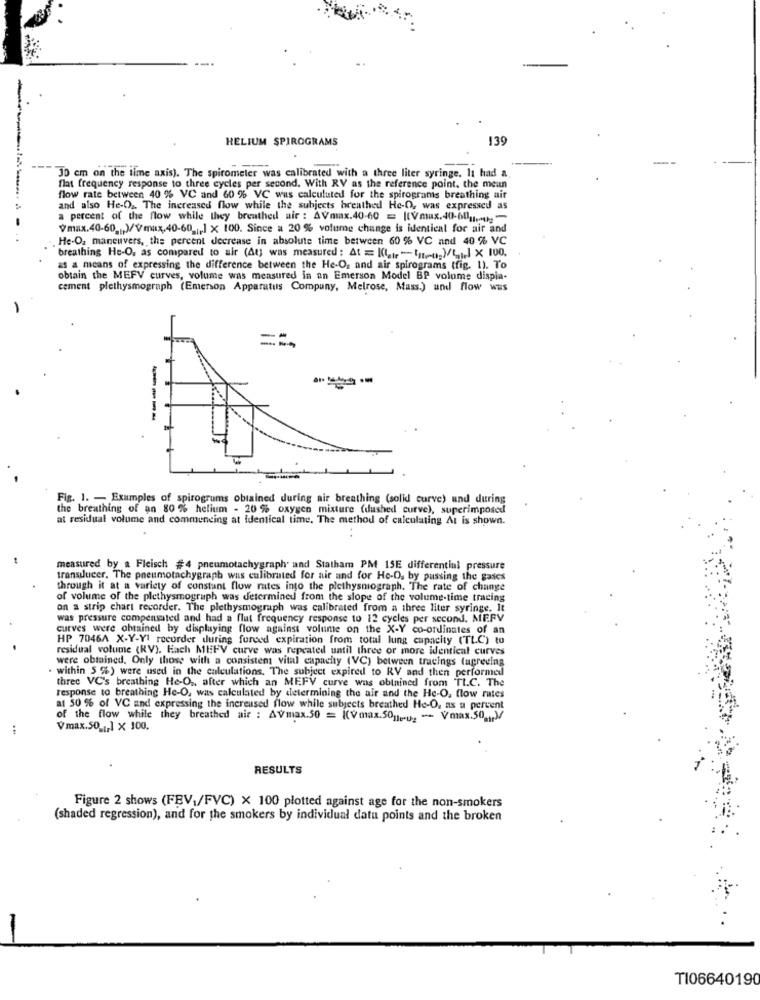
HELIUM SPIROGRAMS
139
30 cm on the time axis). The spirometer was calibrated with a three liter syringe. It had a
flat frequency response to three cycles per second. With RV as the reference point, the meun
flow rate between 40 % VC and 60 % VC was calculated for the spirogranis breathing ait
and also He-Os. The increased flow while the subjects breathed He-O, was expressed as
a percent of the flow while they breathed air : AVmax.40-60 = ((Vmax.40-60 ;
Vmax.40-60_ )/Vmax.40-60 ] x 100. Since a 20 % volume change is identical for air and
. He-O, maneuvers, the percent decrease in absolute time between 60 % VC and 40 % VC
breathing He-O, as compared to air (At) was measured: At = K(, -- og)/4 x 100.
as a means of expressing the difference between the He-O, and air spirograms tfig. 1). To
obtain the MEFV curves, volume was measured in an Emerson Model BP volume displa-
cement plethysmograph (Emerson Apparatus Compuny, Melrose, Mass.) and flow wus
--
-----
Fig. 1. - Examples of spirogrums obtained during air breathing (solid curve) und during
the breathing of an 80 % helium - 20 % oxygen mixture (dushed curve), superimposed
at residual volume and commencing at Identical time. The method of calculating At is shown.
measured by a Fleisch #4 pneumotachygraphe and Statham PM 15E differential pressure
transducer. The pneumotachygraph was calibrated for air and for He-O. by passing the gates
through it at a variety of constant flow rates into the plethysmiograph. The rate of change
of volume of the plethysmograph was determined from the slope of the volume-time tracing
on a strip chart recorder. The plethysmograph was calibrated from a three liter syringe. It
was pressure compensated and had a flut frequency response to 12 cycles per second. MEFV
curves were obtained by displaying flow against volume on the X-Y co-ordinates of an
HP 7046A X-Y-YI recorder during fureed expiration from total lung capacity (TLC) to
residual volume (RV). Hach MEFV curve was repeated until three or more identical curves
were obtained. Only those with a consistent vital capachy (VC) between tracings (agreeing
· within 5 %) were used in the calculations. The subject expired to RV and then performed
three VC's breathing He-O ., after which an MEFV curve was obtained from TI.C. The
response to breathing He-O, was calculated by determining the air and the He-O. flow rates
at 50 % of VC and expressing the increased flow while subjects breathed He-O, as a percent
of the flow while they breathed air : AVmax.50 = ((Vmax.50 .y. - Vmax.50 )/
..
Vmax.50 _, 1 × 100.
RESULTS
Figure 2 shows (FEV,/FVC) X 100 plotted against age for the non-smokers
(shaded regression), and for the smokers by individual datu points and the broken
-
TI06640190